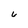
Character: 6